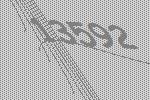
13592